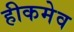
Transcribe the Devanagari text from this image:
हीकमेव